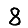
Digit: 8